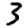
Digit: 3